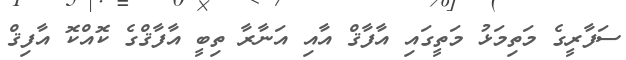
ސަފާރީގެ މަތިމަޅު މަތީގައި އާފާޤް އާއި އަނާރާ ތިބީ އާފާޤްގެ ކޮއްކޮ އާފިޤް